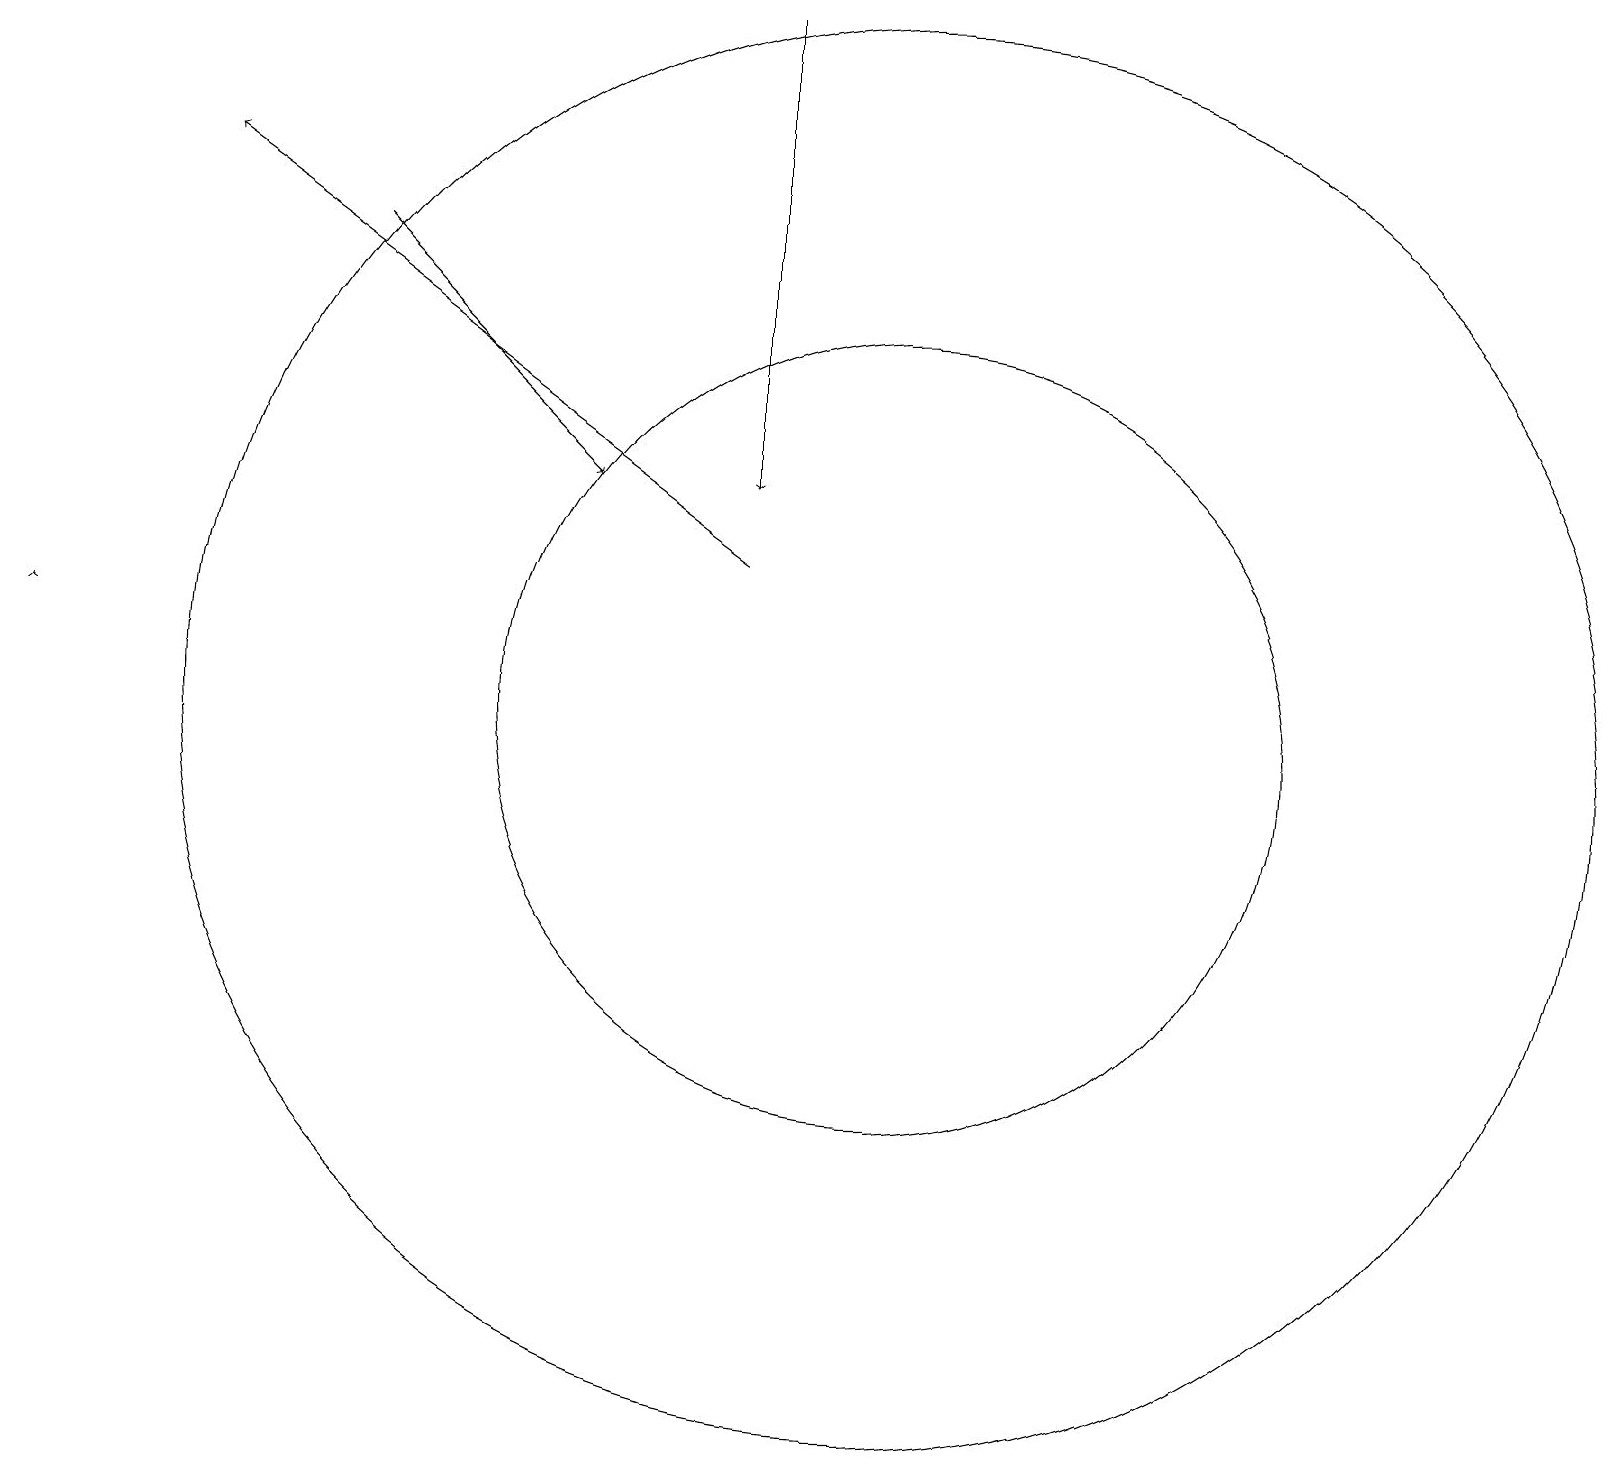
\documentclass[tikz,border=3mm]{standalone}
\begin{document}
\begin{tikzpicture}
\draw (11,10) circle (9);
\draw[->] (4,16) -- (7,13);
\draw (11,10) circle (5);
\draw[->] (9,19) -- (9,13);
\draw[->] (0,11) -- (0,11);
\draw[->] (9,12) -- (2,17);
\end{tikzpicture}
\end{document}